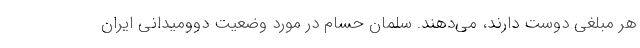
هر مبلغی دوست دارند، می‌دهند. سلمان حسام در مورد وضعیت دوومیدانی ایران